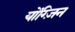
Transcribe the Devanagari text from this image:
योंग्ज़िन